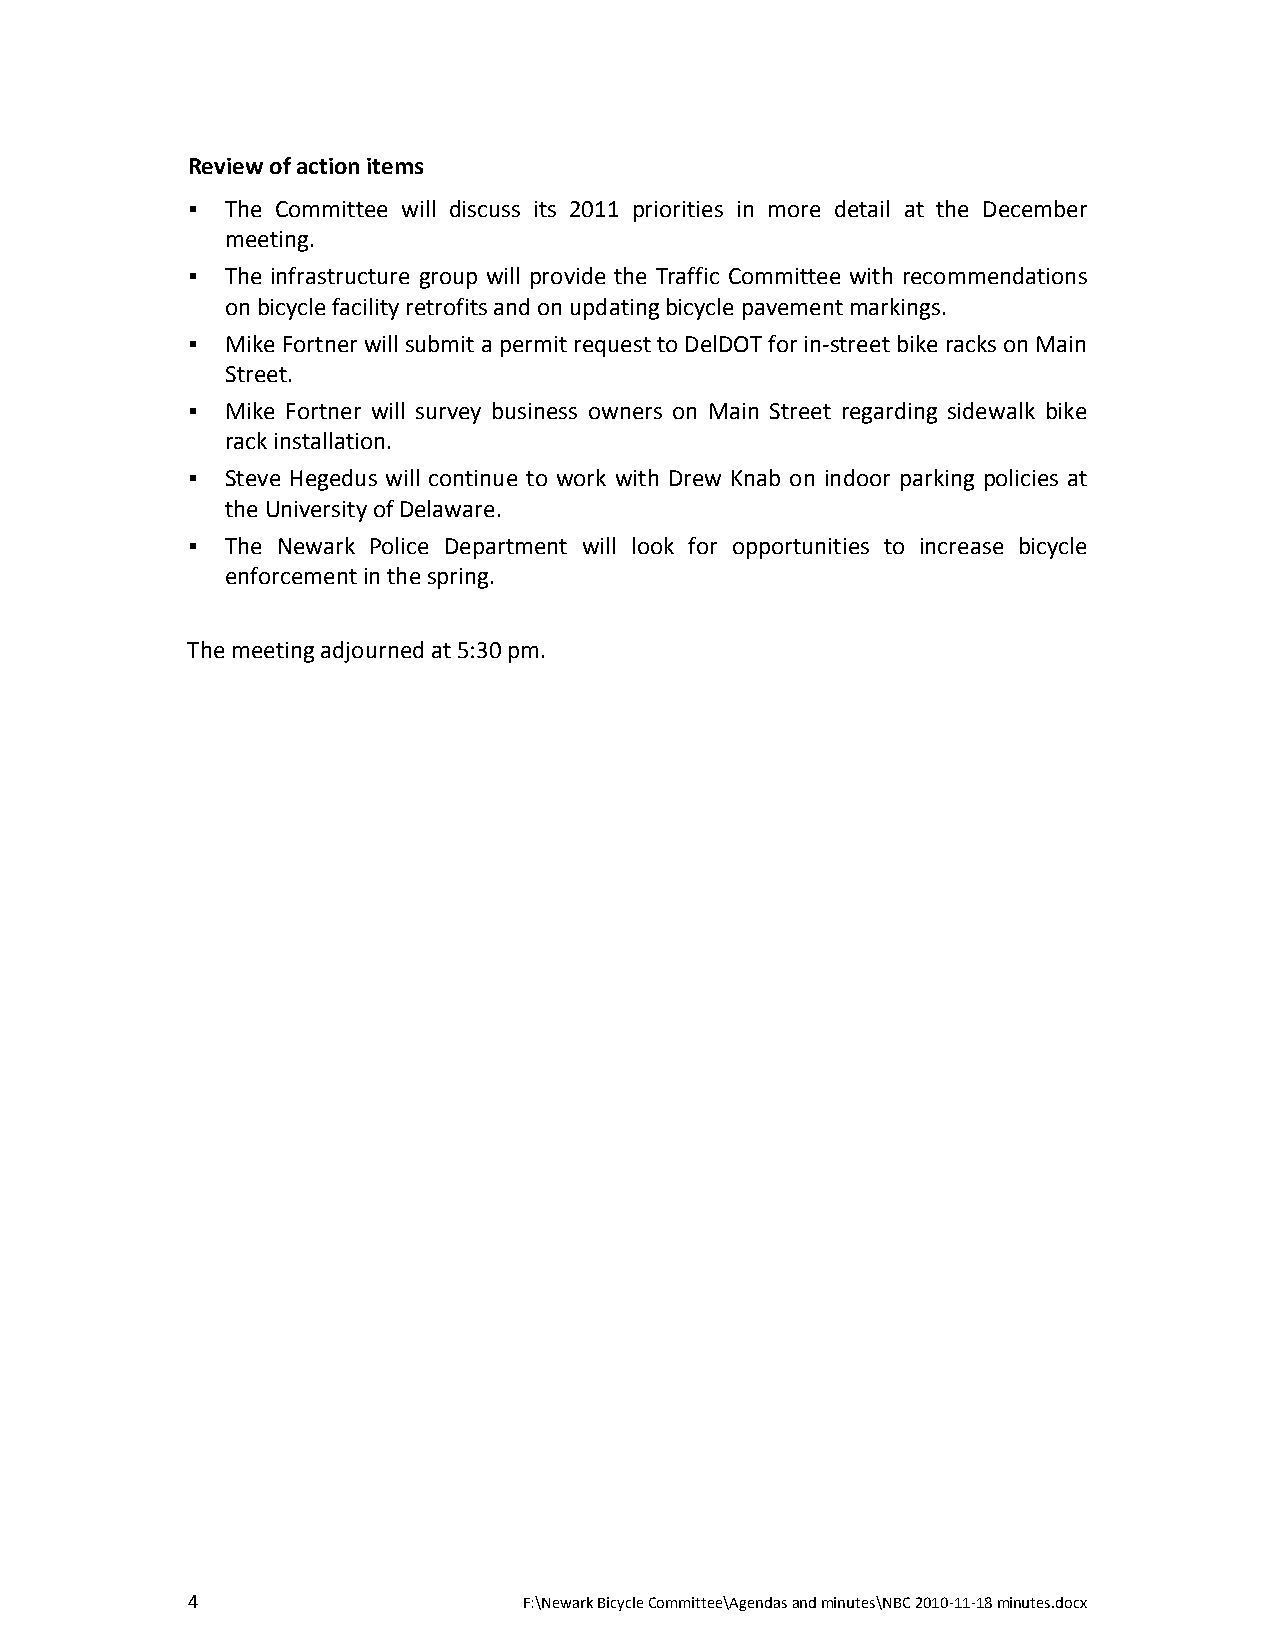
Review of action items
   The Committee will discuss its 2011 priorities in more detail at the December
 meeting.
   The infrastructure group will provide the Traffic Committee with recommendations
 on bicycle facility retrofits and on updating bicycle pavement markings.
   Mike Fortner will submit a permit request to DelDOT for in‐street bike racks on Main
 Street.
   Mike Fortner will survey business owners on Main Street regarding sidewalk bike
 rack installation.
   Steve Hegedus will continue to work with Drew Knab on indoor parking policies at
 the University of Delaware.
   The Newark Police Department will look for opportunities to increase bicycle
 enforcement in the spring.
 The meeting adjourned at 5:30 pm.
 4                      F:\Newark Bicycle Committee\Agendas and minutes\NBC 2010‐11‐18 minutes.docx